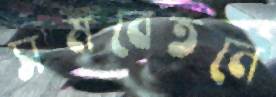
সমবেতনে